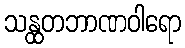
သန္ထတဘာဏဝါရော